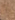
أن